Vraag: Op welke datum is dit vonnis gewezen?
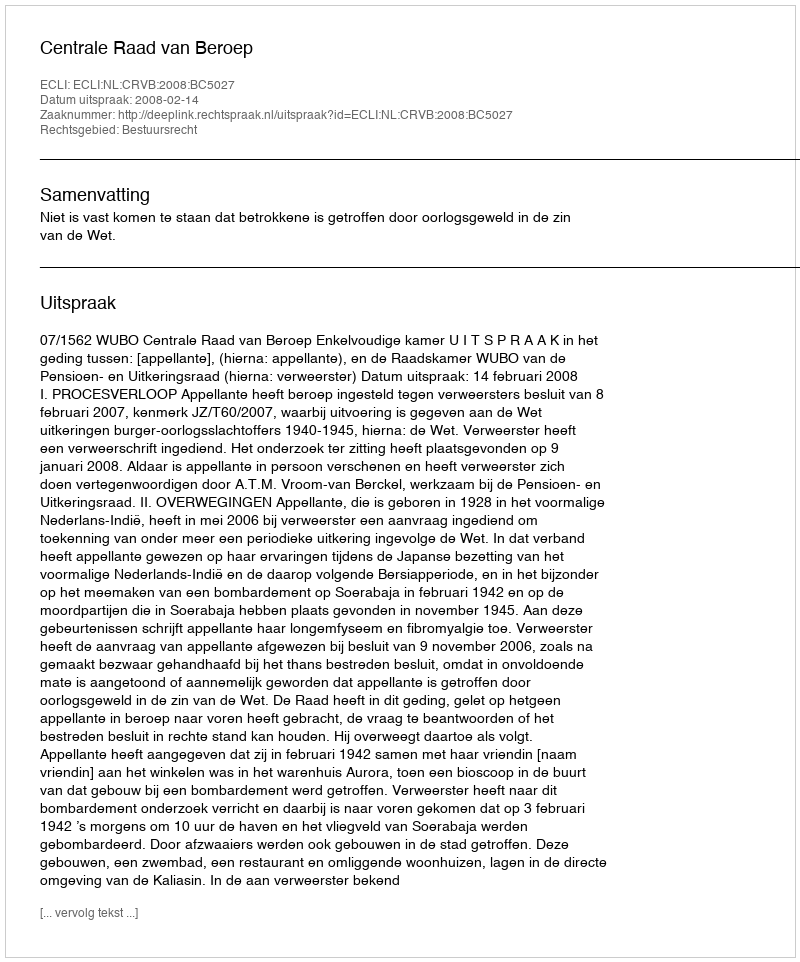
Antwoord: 2008-02-14